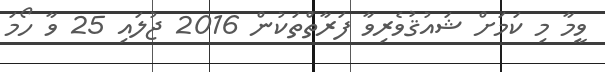
ވީމާ މި ކަމަށް ޝައުޤުވެރިވާ ފަރާތްތަކުން 2016 ޖުލައި 25 ވާ ހޯމަ